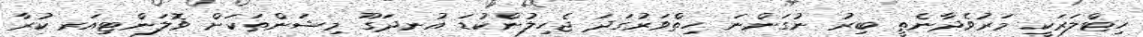
ހިޓްލަރަކީ މަރުވެދާނެތީ ބިރު ނުގަންނަ ހިތްވަރުގަދަ ޖެހިލުންކުޑަ އުނދަގޫ މިޝަންތަކަށް ވޮލަންޓިއަރ ކުރާ